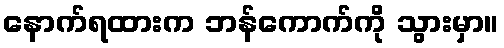
နောက်ရထားက ဘန်ကောက်ကို သွားမှာ။